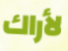
لأراك